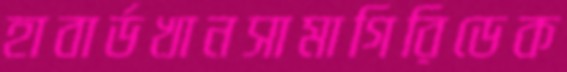
হাবার্ডখানসামাগিরিডেক